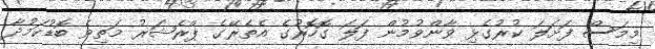
މިމަސް ފަށަލަ ކުރުގެޅި ވާންވުމުން ފަލަ ގޮހޮރުގެ އެތެރޭގެ ޕްރެޝަރު މަތިވެ ބޮޑުކަމުދާ